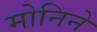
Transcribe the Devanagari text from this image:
मोनिने